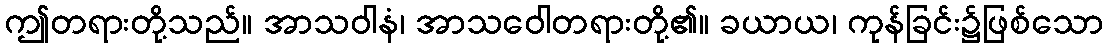
ဤတရားတို့သည်။ အာသဝါနံ၊ အာသဝေါတရားတို့၏။ ခယာယ၊ ကုန်ခြင်း၌ဖြစ်သော